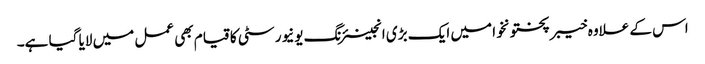
اس کے علاوہ خیبر پختونخوا میں ایک بڑی انجینئرنگ یونیورسٹی کا قیام بھی عمل میں لایا گیا ہے۔